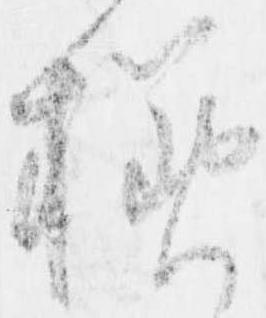
様